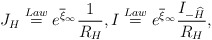
\begin{align*} J_{H}\stackrel{Law}{=}e^{\overline{\xi}_{\infty}} \frac{1}{R_{H}},I\stackrel{Law}{=}e^{\overline{\xi}_{\infty}} \frac{I_{-\widehat{H}}}{R_{H}}, \end{align*}